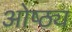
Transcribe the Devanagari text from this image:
ओष्ठ्य